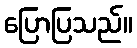
ပြောပြသည်။